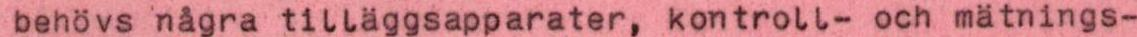
behövs några tilläggsapparater, kontroll- och mätnings-